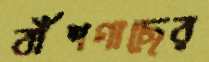
বাঁশগাছের